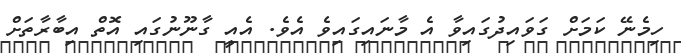
ހިމެނޭ ކަމަށް ގަވައިދުގައިވާ އެ މާނައިގައިވެ އެވެ. އެއީ ގާނޫނުގައި އޮތް އިބާރާތަށް